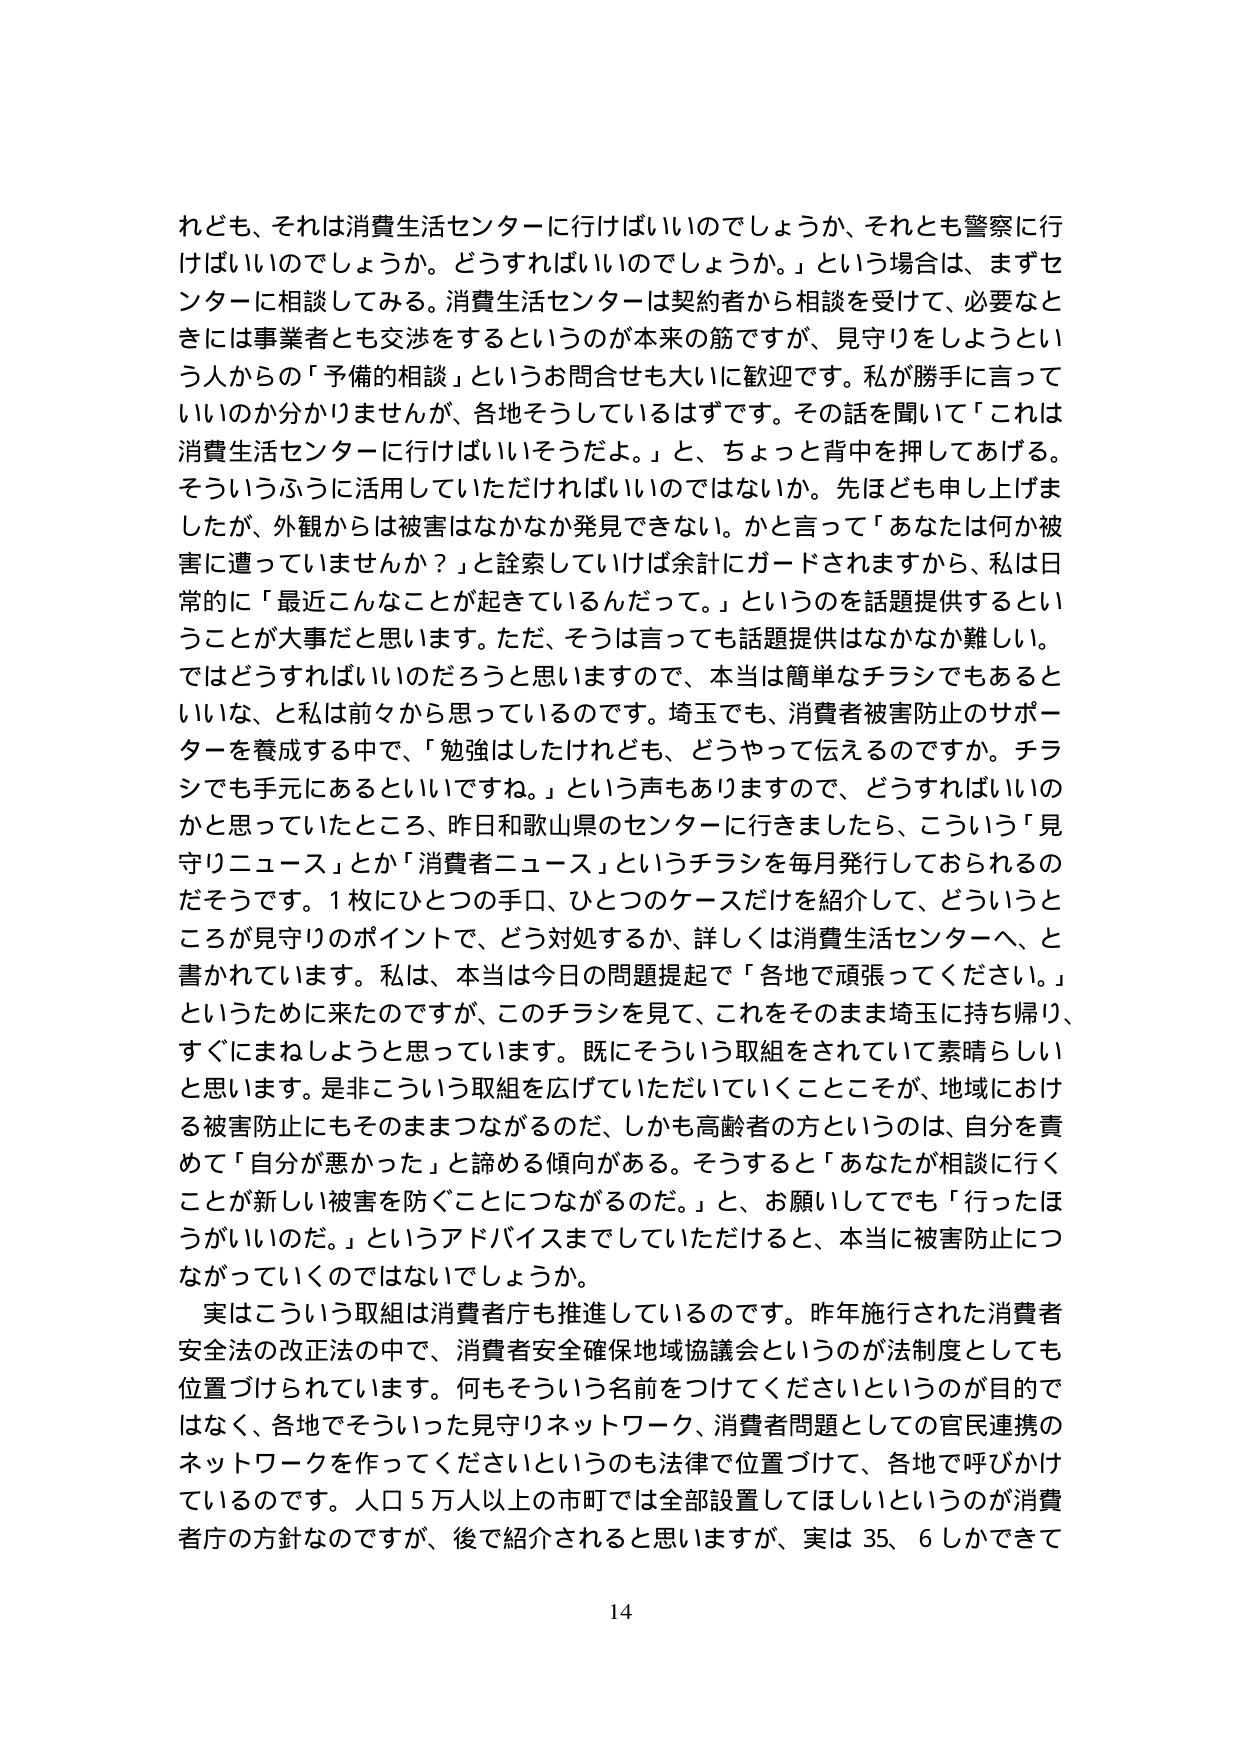
れども、それは消費生活センターに行けばいいのでしょうか、それとも警察に行けばいいのでしょうか。どうすればいいのでしょうか。」という場合は、まずセンターに相談してみる。消費生活センターは契約者から相談を受けて、必要ときたには事業者とも交渉をするというのが本来の筋ですが、見守りをしようという人からの「予備的相談」というお問合せも大いに歓迎です。私が勝手に言っていいのか分かりませんが、各地そうしているはずです。その話を聞いて「これは消費生活センターに行けばいいそうだよ。」と、ちょっと背中を押してあげる。そういうふうに活用していただければいいのではないでしょうか。先ほども申し上げましたが、外観からは被害はなかなか発見できない。かと言って「あなたは何か被害に遭っていませんか？」と詰めつけていけば余計にガードされますから、私は日常的に「最近こんなことが起きているんだって。」というのを話題提供するということが大事だと思います。ただ、そうは言っても話題提供はなかなか難しい。ではどうすればいいのだろうと思いますので、本当は簡単なチラシでもあるといいな、と私は前々から思っているのです。埼玉でも、消費者被害防止のサポーターを養成する中で、「勉強はしたけれども、どうやって伝えるのですか。チラシでも手元にあるといいですね。」という声もありますので、どうすればいいのかと思っていたところ、昨日和歌山県のセンターに行きましたら、こういう「見守りニュース」とか「消費者ニュース」というチラシを毎月発行しておられるのだそうです。1枚にひとつの手口、ひとつのケースだけを紹介して、どういうところが見守りのポイントで、どう対処するか、詳しくは消費生活センターへ、と書かれています。私は、本当は今日の問題提起で「各地で頑張ってください。」というために来たのですが、このチラシを見て、これをそのまま埼玉に持ち帰り、すぐにまねしようと思っています。既にそういう取組をされていて素晴らしいと思います。是非こういう取組を広げていただいていくことこそが、地域における被害防止にもそのままつながるのだ、しかも高齢者の方というのは、自分を責めて「自分が悪かった」と諦める傾向がある。そうすると「あなたが相談に行くことが新しい被害を防ぐことにつながるのだ。」と、お願いしても「行ったほうがいいのだ。」というアドバイスまでしていただけると、本当に被害防止につながっていくのではないでしょうか。

実はこういう取組は消費者庁も推進しているのです。昨年施行された消費者安全法の改正法の中で、消費者安全確保地域協議会というのが法制度としても位置づけられています。何もそういう名前をつけてくださいというのが目的ではなく、各地でそういった見守りネットワーク、消費者問題としての官民連携のネットワークを作ってくださいというのも法律で位置づけて、各地で呼びかけているのです。人口5万人以上の市町では全部設置してほしいというのが消費者庁の方針なのですが、後で紹介されると思いますが、実は35、6しかできて

14